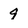
Character: 9